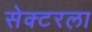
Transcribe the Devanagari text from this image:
सेक्‍टरला